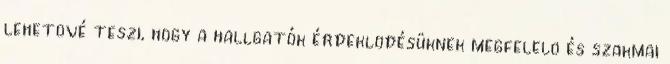
lehetõvé teszi, hogy a hallgatók érdeklõdésüknek megfelelõ és szakmai